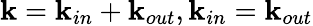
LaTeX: \mathbf{k}=\mathbf{k}_{in}+\mathbf{k}_{out},\mathbf{k}_{in}=\mathbf{k}_{out}